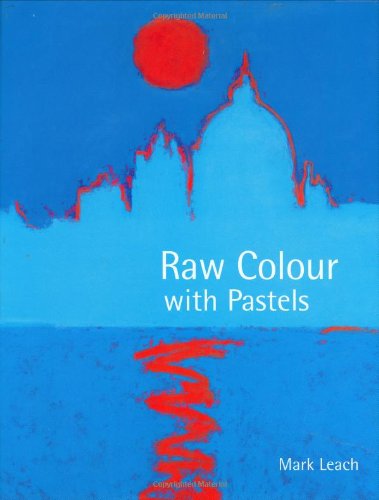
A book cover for Raw Colour with Pastels; Mark Leach; Arts & Photography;